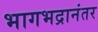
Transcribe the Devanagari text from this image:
भागभद्रानंतर